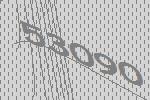
53090